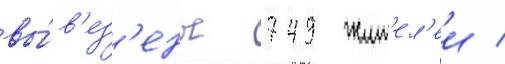
вы́в'ез'ены 749 жит'ел'еи /